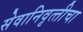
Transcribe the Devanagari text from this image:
सेवानिवृत्‍तीचा